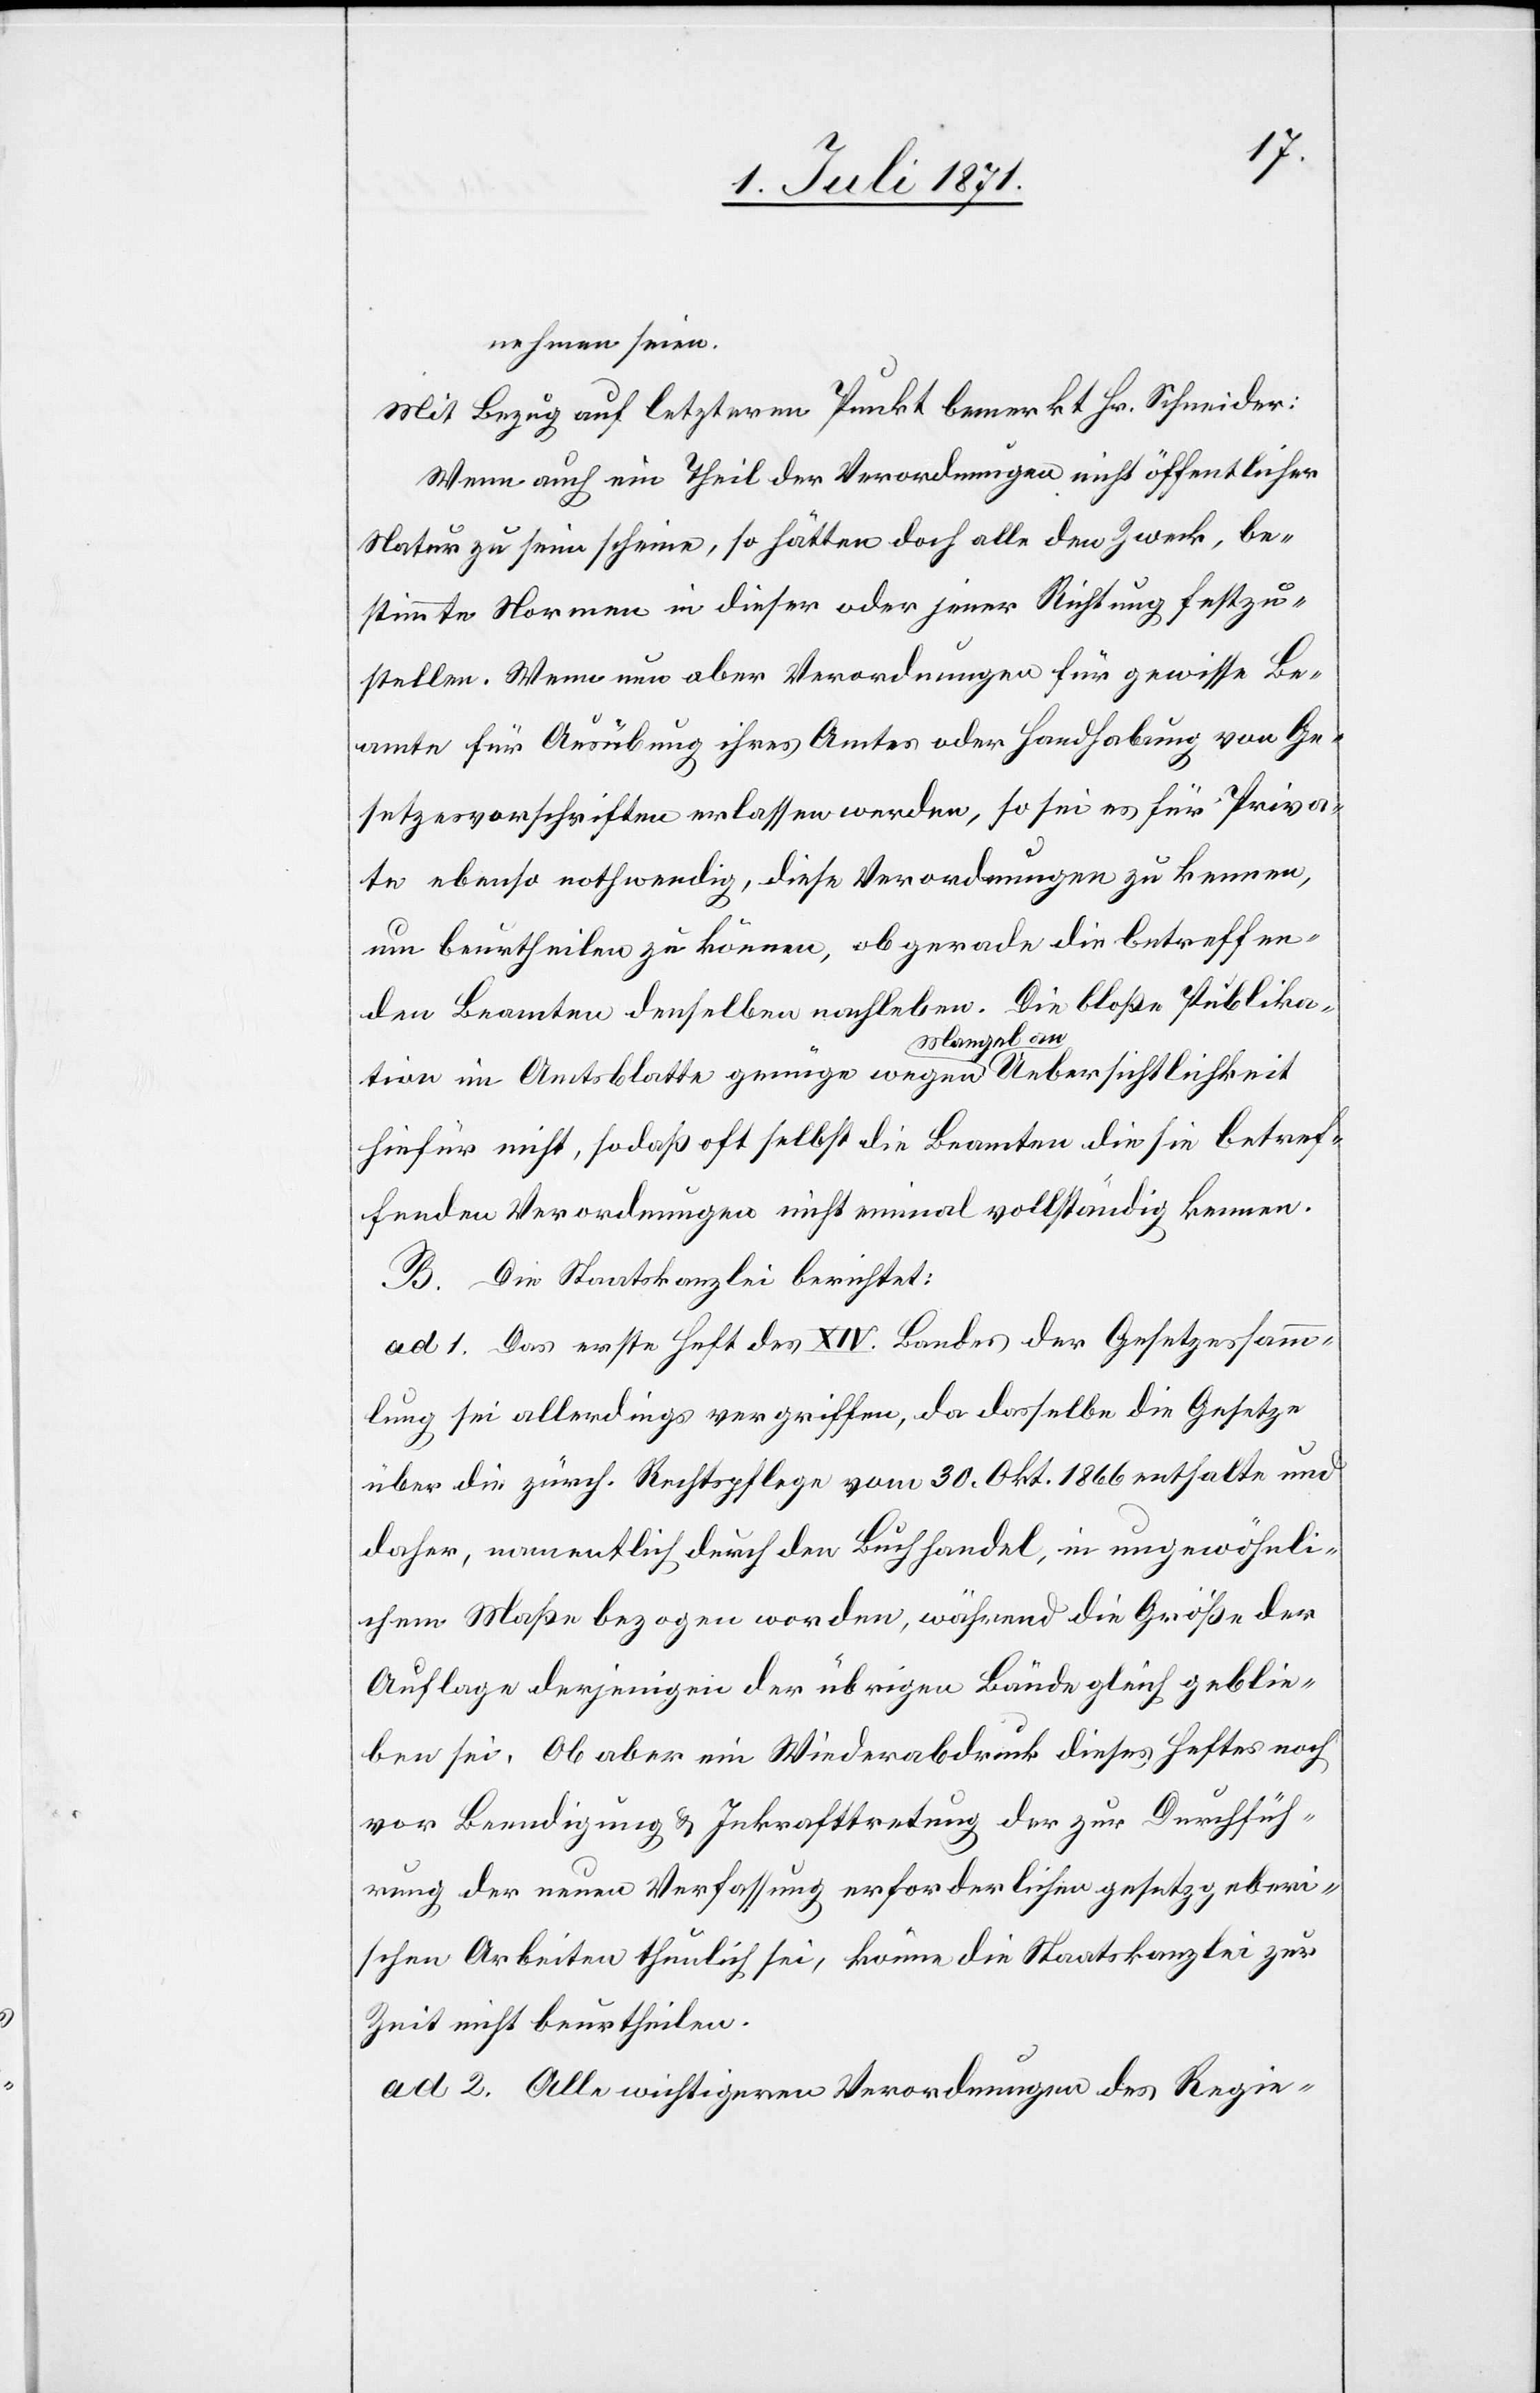
nehmen seien.
Mit Bezug auf letzteren Punkt bemerkt Hr. Schneider:
Wenn auch ein Theil der Verordnungen nicht öffentlicher
Natur zu sein scheine, so hätten doch alle den Zweck, be¬
stimmte Normen in dieser oder jener Richtung festzu¬
stellen. Wenn nun aber Verordnungen für gewisse Be¬
amte für Ausübung ihres Amtes oder Handhabung von Ge¬
setzesvorschriften erlassen werden, so sei es für Priva¬
te ebenso nothwendig, diese Verordnungen zu kennen,
um beurtheilen zu können, ob gerade die betreffen¬
den Beamten denselben nachleben. Die bloße Publika¬
tion im Amtsblatte genüge wegen Mangel an Uebersichtlichkeit
hiefür nicht, so daß oft selbst die Beamten die sie betref¬
fenden Verordnungen nicht einmal vollständig kennen.
B. Die Staatskanzlei berichtet:
ad 1. Das erste Heft des XIV. Bandes der Gesetzessamm¬
lung sei allerdings vergriffen, da dasselbe die Gesetze
über die zürch. Rechtspfleg vom 30. Okt. 1866 enthalte und
daher, namentlich durch den Buchhandel, in ungewöhnli¬
chem Maße bezogen worden, während die Größe der
Auflage derjenigen der übrigen Bände gleich geblie¬
ben sei. Ob aber ein Wiederabdruck dieses Heftes noch
vor Beendigung u. Inkrafttretung der zur Durchfüh¬
rung der neuen Verfassung erforderlichen gesetzgeberi¬
schen Arbeiten thunlich sei, könne die Staatskanzlei zur
Zeit nicht beurtheilen.
ad 2. Alle wichtigeren Verordnungen des Regie-